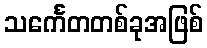
သင်္ကေတတစ်ခုအဖြစ်